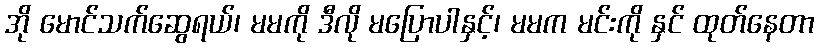
အို မောင်သက်ဆွေရယ်၊ မမကို ဒီလို မပြောပါနှင့်၊ မမက မင်းကို နှင် ထုတ်နေတာ